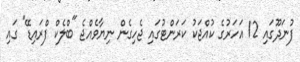
ފުނަދޫގައި 12 އަހަރުގެ ކުއްޖަކު ކަރަންޓުގައި ޖެހިގެން ނިޔާވެއްޖެ "ބްލެކް ފްރައިޑޭ" ގައި